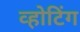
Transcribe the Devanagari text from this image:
व्होटिंग